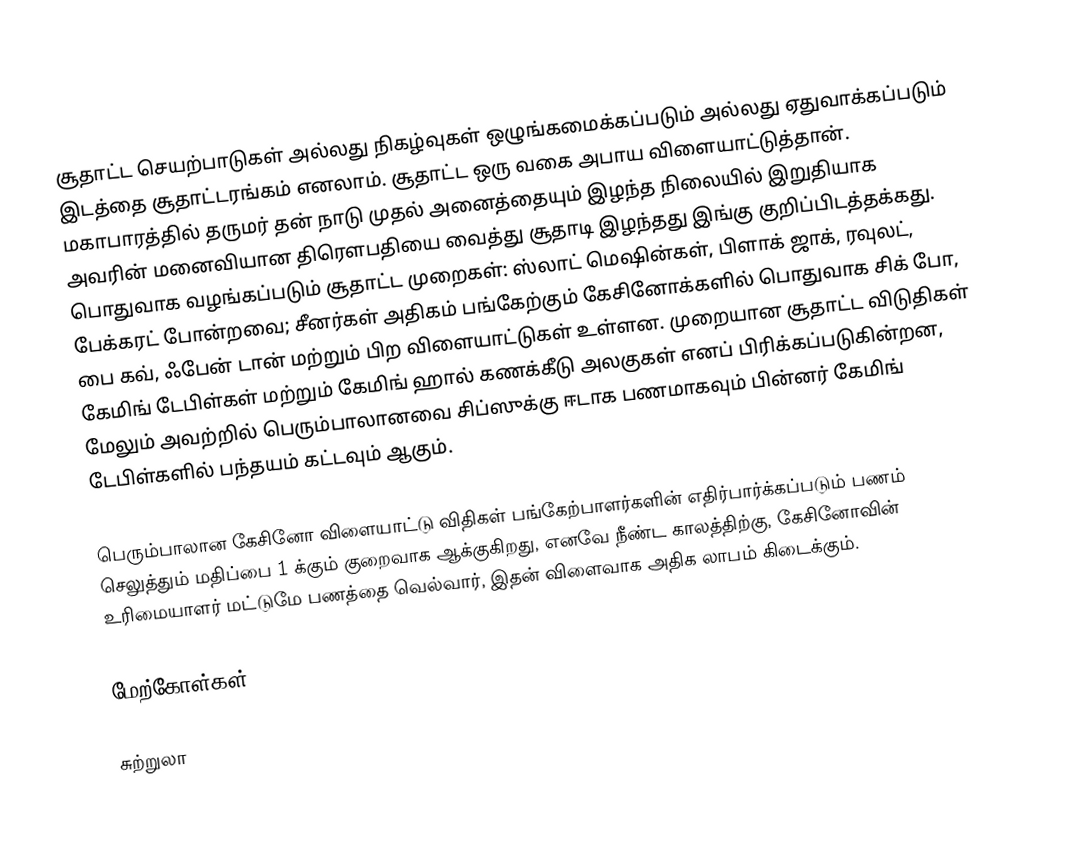
சூதாட்ட செயற்பாடுகள் அல்லது நிகழ்வுகள் ஒழுங்கமைக்கப்படும் அல்லது ஏதுவாக்கப்படும் இடத்தை சூதாட்டரங்கம் எனலாம். சூதாட்ட ஒரு வகை அபாய விளையாட்டுத்தான். மகாபாரத்தில் தருமர் தன் நாடு முதல் அனைத்தையும் இழந்த நிலையில் இறுதியாக அவரின் மனைவியான திரெளபதியை வைத்து சூதாடி இழந்தது இங்கு குறிப்பிடத்தக்கது. பொதுவாக வழங்கப்படும் சூதாட்ட முறைகள்: ஸ்லாட் மெஷின்கள், பிளாக் ஜாக், ரவுலட், பேக்கரட் போன்றவை; சீனர்கள் அதிகம் பங்கேற்கும் கேசினோக்களில் பொதுவாக சிக் போ, பை கவ், ஃபேன் டான் மற்றும் பிற விளையாட்டுகள் உள்ளன. முறையான சூதாட்ட விடுதிகள் கேமிங் டேபிள்கள் மற்றும் கேமிங் ஹால் கணக்கீடு அலகுகள் எனப் பிரிக்கப்படுகின்றன, மேலும் அவற்றில் பெரும்பாலானவை சிப்ஸுக்கு ஈடாக பணமாகவும் பின்னர் கேமிங் டேபிள்களில் பந்தயம் கட்டவும் ஆகும்.

பெரும்பாலான கேசினோ விளையாட்டு விதிகள் பங்கேற்பாளர்களின் எதிர்பார்க்கப்படும் பணம் செலுத்தும் மதிப்பை 1 க்கும் குறைவாக ஆக்குகிறது, எனவே நீண்ட காலத்திற்கு, கேசினோவின் உரிமையாளர் மட்டுமே பணத்தை வெல்வார், இதன் விளைவாக அதிக லாபம் கிடைக்கும்.

மேற்கோள்கள்

சுற்றுலா